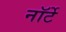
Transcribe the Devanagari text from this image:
नॉर्टे